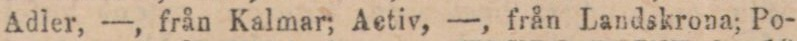
Adler, —, från Kalmar; Aetiv, —, från Landskrona; Po-